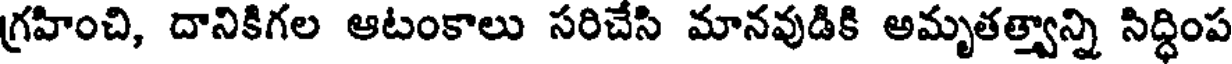
గ్రహించి, దానికిగల ఆటంకాలు సరిచేసి మానవుడికి అమృతత్త్వాన్ని సిద్ధింప